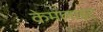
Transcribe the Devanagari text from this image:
केमलाइट